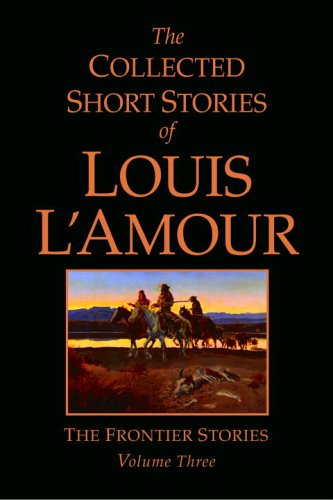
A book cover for The Collected Short Stories of Louis L'Amour, Volume 3: The Frontier Stories; Louis L'Amour; Literature & Fiction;